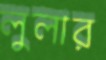
লুলার